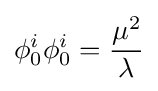
\phi _{0}^{i}\phi _{0}^{i}={\frac {\mu ^{2}}{\lambda }}